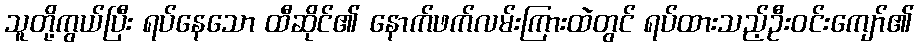
သူတို့ကွယ်ပြီး ရပ်နေသော ထီဆိုင်၏ နောက်ဖက်လမ်းကြားထဲတွင် ရပ်ထားသည့်ဦးဝင်းကျော်၏